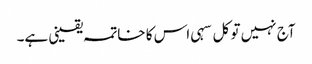
آج نہیں تو کل سہی اس کا خاتمہ یقینی ہے۔